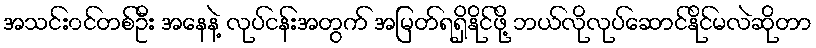
အသင်း၀င်တစ်ဦး အနေနဲ့ လုပ်ငန်းအတွက် အမြတ်ရရှိနိုင်ဖို့ ဘယ်လိုလုပ်ဆောင်နိုင်မလဲဆိုတာ